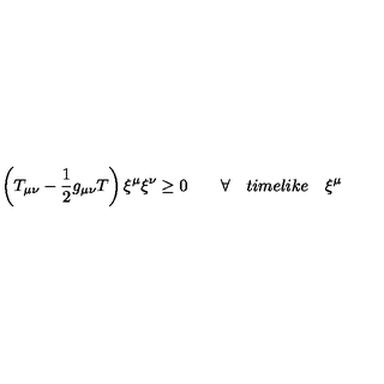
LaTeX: \left( T _ { \mu \nu } - \frac { 1 } { 2 } g _ { \mu \nu } T \right) { \xi } ^ { \mu } { \xi } ^ { \nu } \ge 0 \qquad \forall \quad t i m e l i k e \quad { \xi } ^ { \mu }